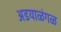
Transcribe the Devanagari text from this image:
अडयाळंगळ